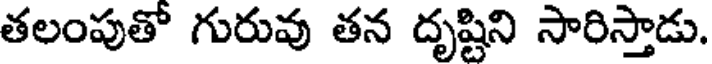
తలంపుతో గురువు తన దృష్టిని సారిస్తాడు.